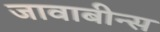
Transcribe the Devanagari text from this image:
जावाबीन्स